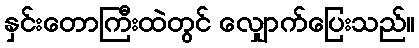
နှင်းတောကြီးထဲတွင် လျှောက်ပြေးသည်။